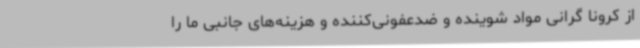
از کرونا گرانی مواد شوینده و ضدعفونی‌کننده و هزینه‌های جانبی ما را